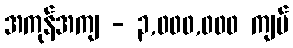
အကုန်အကျ - ၃,၀၀၀,၀၀၀ ကျပ်